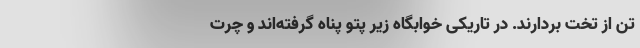
تن از تخت بردارند. در تاریکی خوابگاه زیر پتو پناه گرفته‌اند و چرت‌